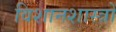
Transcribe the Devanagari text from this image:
विशानशास्त्रों